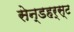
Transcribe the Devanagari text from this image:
सेन्डहर्स्ट